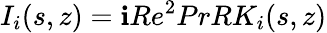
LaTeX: I_{i}(s,z)=\textbf{i}Re^{2}PrRK_{i}(s,z)